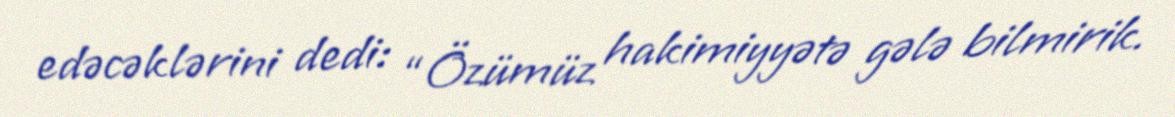
edəcəklərini dedi: “Özümüz hakimiyyətə gələ bilmirik.